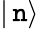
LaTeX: |\, \mathtt{n}\rangle